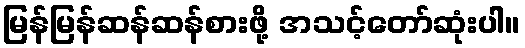
မြန်မြန်ဆန်ဆန်စားဖို့ အသင့်တော်ဆုံးပါ။